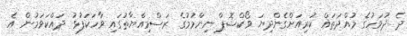
ދެ ދުވަހުގެ މުއްދަތައް ކުރިއަށްގެންދިޔަ ވޯކްޝޮޕް ނިންމުމުގެ ރަސްމިއްޔާތުގައި ވާހަކަފުޅު ދައްކަވަމުން އެ